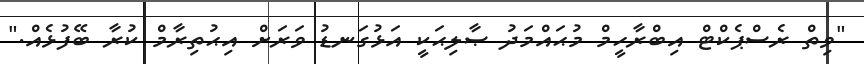
"ވިތް ރެސްޕެކްޓް އިބްރާހީމް މުޙައްމަދު ޞާލިޙަކީ އަޅުގަނޑު ވަރަށް އިޙުތިރާމް ކުރާ ބޭފުޅެއް."